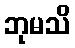
ဘုမသိ